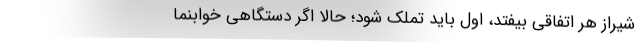
شیراز هر اتفاقی بیفتد، اول باید تملک شود؛ حالا اگر دستگاهی خوابنما